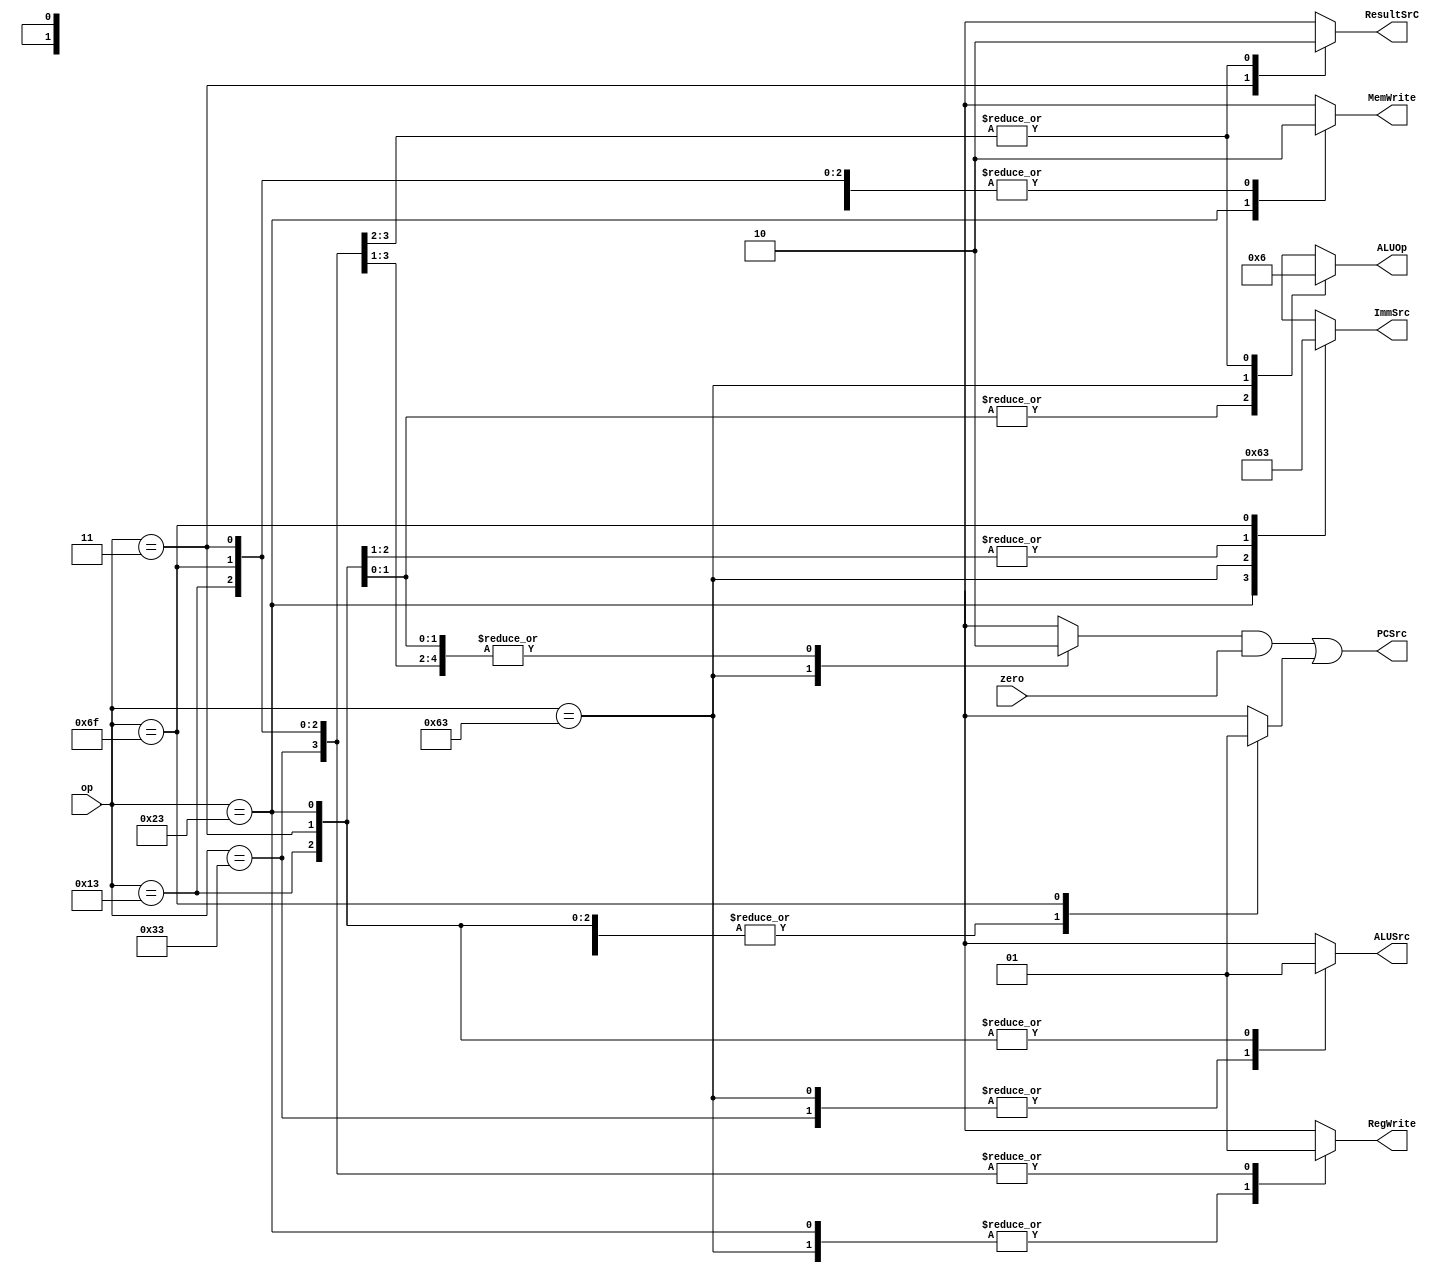
`timescale 1ns / 1ps
//////////////////////////////////////////////////////////////////////////////////
// Company: 
// Engineer: 
// 
// Design Name: 
// Module Name: control_unit
// Project Name: 
// Target Devices: 
// Tool Versions: 
// Description: 
// 
// Dependencies: 
// 
// Revision:
// Revision 0.01 - File Created
// Additional Comments:
// 
//////////////////////////////////////////////////////////////////////////////////


module Main_decoder(
    input [6:0] op,
    input zero,
    output PCSrc,
    output reg [1:0] ImmSrc,ALUOp,
    output reg RegWrite,ALUSrc,MemWrite,ResultSrC
    );
    
        reg Jump,Branch;
      always@(*)
      begin
            ImmSrc    =2'b00;
            ResultSrC =1'b0;
            ALUOp     =2'b00;
            RegWrite  =1'b0;
            ALUSrc    =1'b0;
            MemWrite  =1'b0;
            Jump      =1'b0;
            Branch    =1'b0;
              case(op)
                         8'b0000011:
                         begin
                         ImmSrc    =2'b00;
                         ResultSrC =1'b1;
                         ALUOp     =2'b00;
                         RegWrite  =1'b1;
                         ALUSrc    =1'b1;
                         MemWrite  =1'b0;
                         Jump      =1'b0;
                         Branch    =1'b0;         
                         end
                         8'b0100011:
                         begin
                         ImmSrc    =2'b01;
                         ResultSrC =1'bx;
                         ALUOp     =2'b00;
                         RegWrite  =1'b0;
                         ALUSrc    =1'b1;
                         MemWrite  =1'b1;
                         Jump      =1'b0;
                         Branch    =1'b0;
                         end
                         8'b0110011:
                         begin
                         ImmSrc    =2'bxx;
                         ResultSrC =1'b0;
                         ALUOp     =2'b10;
                         RegWrite  =1'b1;
                         ALUSrc    =1'b0;
                         MemWrite  =1'b0;
                         Jump      =1'b0;
                         Branch    =1'b0;  
                         end
                         8'b1100011:
                         begin
                         ImmSrc    =2'b10;
                         ResultSrC =1'bx;
                         ALUOp     =2'b01;
                         RegWrite  =1'b0;
                         ALUSrc    =1'b0;
                         MemWrite  =1'b0;
                         Jump      =1'b0;
                         Branch    =1'b1;
                         end
                         8'b0010011:
                         begin
                         ImmSrc    =2'b00;
                         ResultSrC =1'b0;
                         ALUOp     =2'b10;
                         RegWrite  =1'b1;
                         ALUSrc    =1'b1;
                         MemWrite  =1'b0;
                         Jump      =1'b0;
                         Branch    =1'b0;
                         end
                         8'b1101111:
                         begin
                         ImmSrc    =2'b11;
                         ResultSrC =1'bx;
                         ALUOp     =2'bxx;
                         RegWrite  =1'b1;
                         ALUSrc    =1'bx;
                         MemWrite  =1'b0;
                         Jump      =1'b1;
                         Branch    =1'b0;
                         end
                         default:
                         begin
                         ImmSrc    =2'bxx;
                         ResultSrC =1'bx;
                         ALUOp     =2'bxx;
                         RegWrite  =1'bx;
                         ALUSrc    =1'bx;
                         MemWrite  =1'bx;
                         Jump      =1'bx;
                         Branch    =1'bx;
                         end
              endcase
    
        end
      assign  PCSrc = (Branch && zero ) || Jump;  
      
endmodule